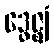
ဒွေဇ္ဈံ